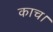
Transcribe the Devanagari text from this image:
काच।